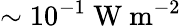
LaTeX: \sim 10^{-1}~\mathrm{W~m^{-2}}